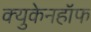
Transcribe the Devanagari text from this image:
क्युकेनहॉफ